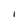
Character: I